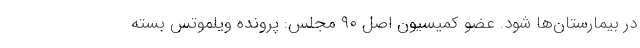
در بیمارستان‌ها شود. عضو کمیسیون اصل ۹۰ مجلس: پرونده ویلموتس بسته